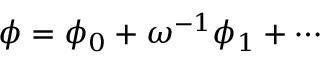
\phi = \phi _ { 0 } + \omega ^ { - 1 } \phi _ { 1 } + \cdots